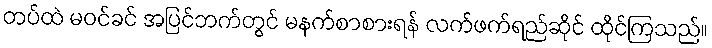
တပ်ထဲ မဝင်ခင် အပြင်ဘက်တွင် မနက်စာစားရန် လက်ဖက်ရည်ဆိုင် ထိုင်ကြသည်။